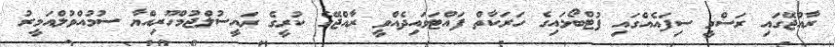
ރާއްޖޭގައި ރަސްމީ ސިފައެއްގައި ފުޓްބޯޅައިގެ ހަރަކާތް ފައްޓަވައިދެއްވީ ރާއްޖޭގެ ކުރީގެ ރައީސުލްޖުމްހޫރިއްޔާ ސުމުއްވުލްއަމީރު